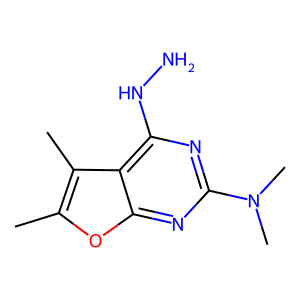
SMILES: Cc1oc2nc(N(C)C)nc(NN)c2c1C
Inhibits HIV replication: No